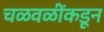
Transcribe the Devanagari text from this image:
चळवळींकडून